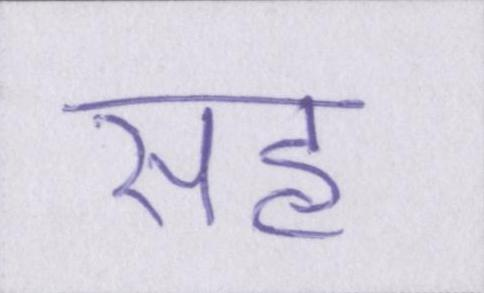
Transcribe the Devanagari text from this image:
सह